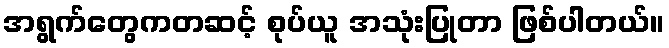
အရွက်တွေကတဆင့် စုပ်ယူ အသုံးပြုတာ ဖြစ်ပါတယ်။